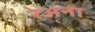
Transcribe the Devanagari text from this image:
रेअना